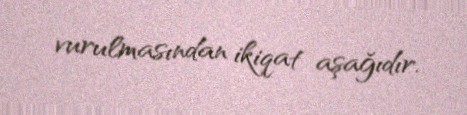
vurulmasından ikiqat aşağıdır.